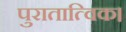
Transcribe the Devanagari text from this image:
पुरातात्विक।